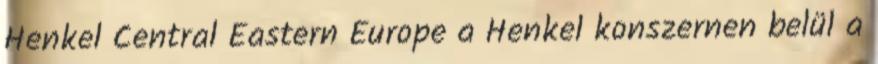
Henkel Central Eastern Europe a Henkel konszernen belül a